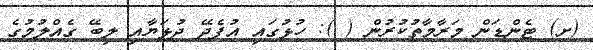
(ށ) ޓެންޑަން މަރާމާތުކުރުން ( ): ހުޅުގައި އުފެދޭ ދުޅަޔާއި ލިބޭ ގެއްލުމުގެ